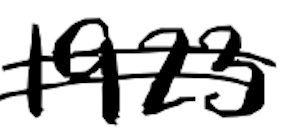
Text: 1923
Cross-out: mix
Writing tool: digital_black